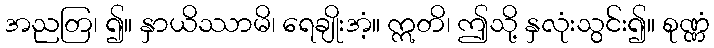
အညတြ၊ ၍။ နှာယိဿာမိ၊ ရေချိုးအံ့။ ဣတိ၊ ဤသို့ နှလုံးသွင်း၍။ စုဏ္ဏံ